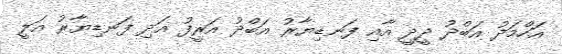
އަހްމަދު އަބްދު ދީދީ އާއި ފަނޑިޔާރު އަބްދު އަރީފު އަދި ފަނޑިޔާރު އަލީ